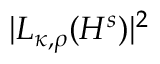
| L _ { \kappa , \rho } ( H ^ { s } ) | ^ { 2 }